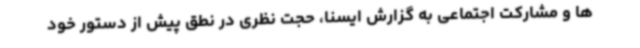
ها و مشارکت اجتماعی به گزارش ایسنا، حجت نظری در نطق پیش از دستور خود